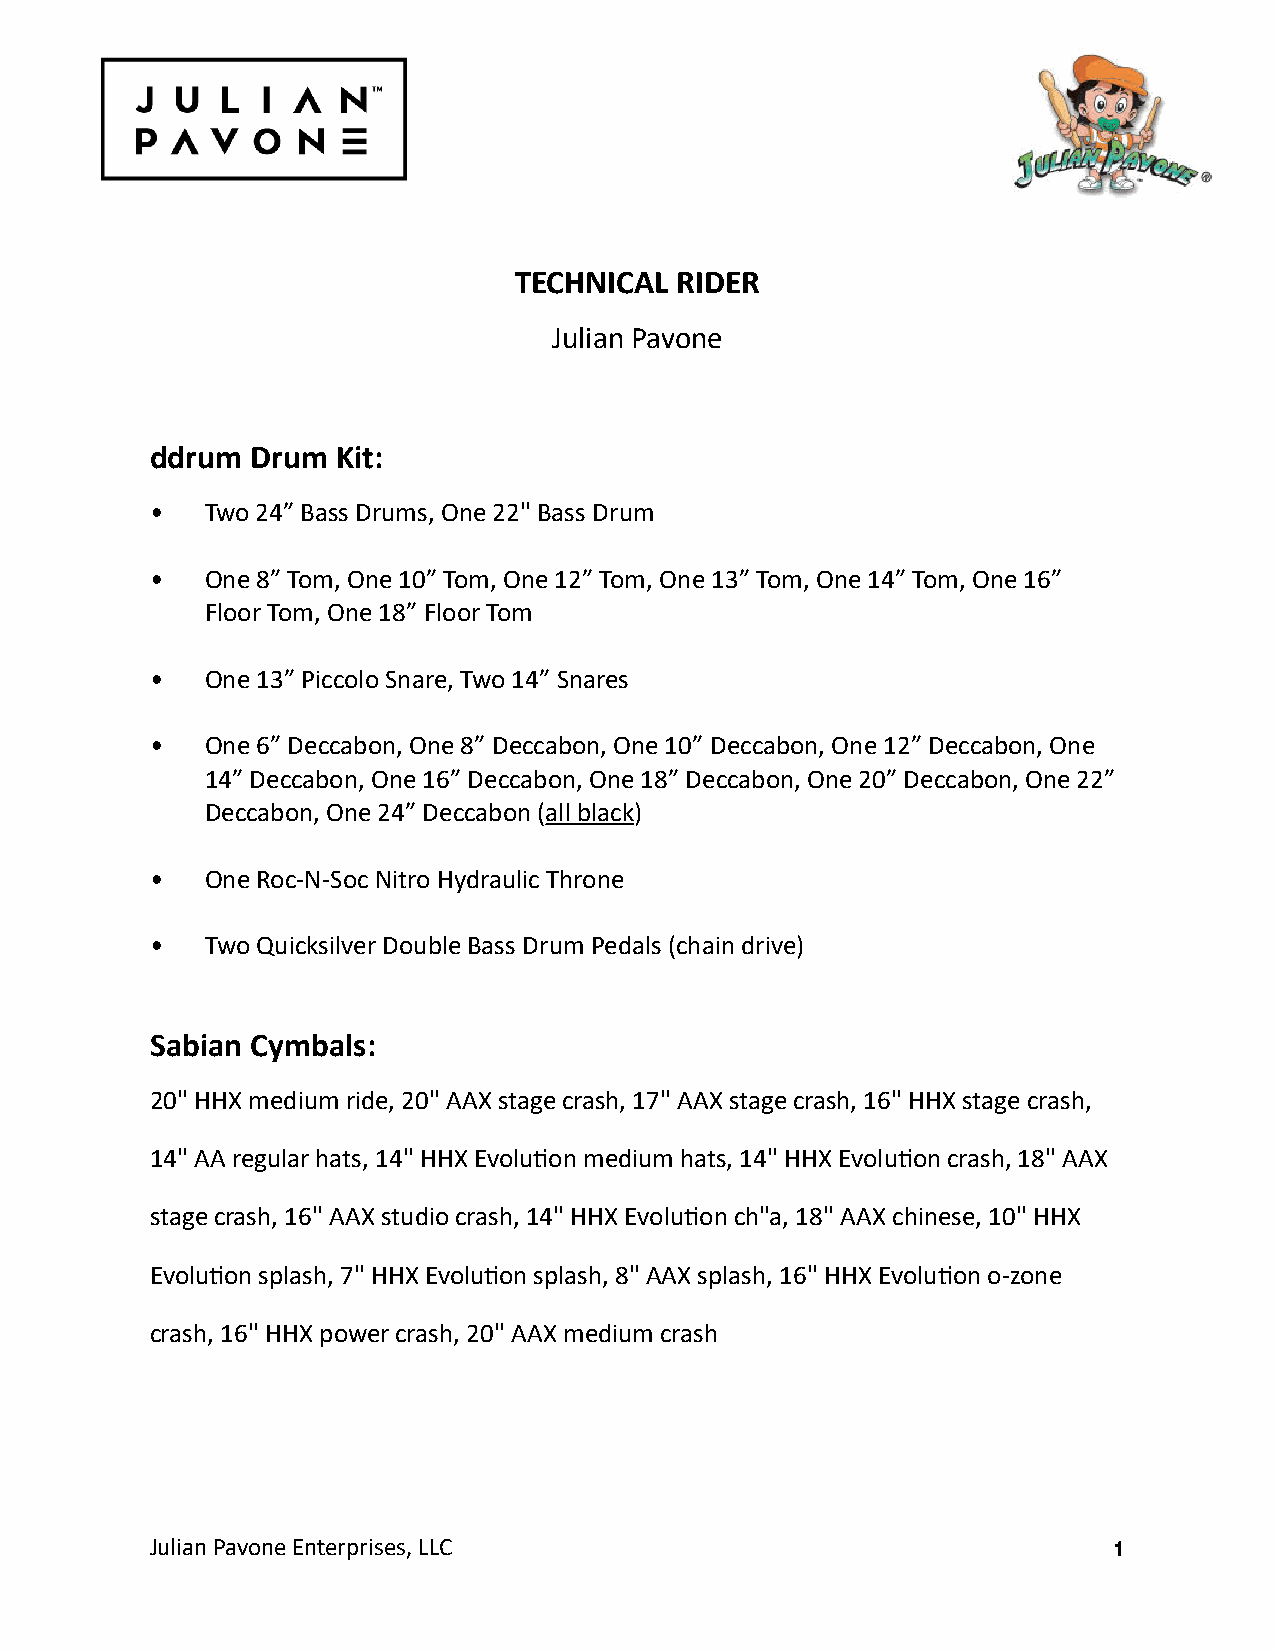
TECHNICAL  RIDER
 Julian Pavone
 ddrum  Drum Kit:
 •   Two 24” Bass Drums, One 22" Bass Drum
 •   One 8” Tom, One 10” Tom, One 12” Tom, One 13” Tom, One 14” Tom, One 16”
 Floor Tom, One 18” Floor Tom
 •   One 13” Piccolo Snare, Two 14” Snares
 •   One 6” Deccabon, One 8” Deccabon, One 10” Deccabon, One 12” Deccabon, One
 14” Deccabon, One 16” Deccabon, One 18” Deccabon, One 20” Deccabon, One 22”
 Deccabon, One 24” Deccabon (all black)
 •   One Roc-N-Soc Nitro Hydraulic Throne
 •   Two Quicksilver Double Bass Drum Pedals (chain drive)
 Sabian Cymbals:
 20" HHX medium ride, 20" AAX stage crash, 17" AAX stage crash, 16" HHX stage crash,
 14" AA regular hats, 14" HHX EvoluTon medium hats, 14" HHX EvoluTon crash, 18" AAX
 stage crash, 16" AAX studio crash, 14" HHX EvoluTon ch"a, 18" AAX chinese, 10" HHX
 EvoluTon splash, 7" HHX EvoluTon splash, 8" AAX splash, 16" HHX EvoluTon o-zone
 crash, 16" HHX power crash, 20" AAX medium crash
 Julian Pavone Enterprises, LLC                                  1